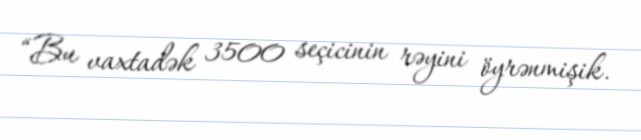
“Bu vaxtadək 3500 seçicinin rəyini öyrənmişik.